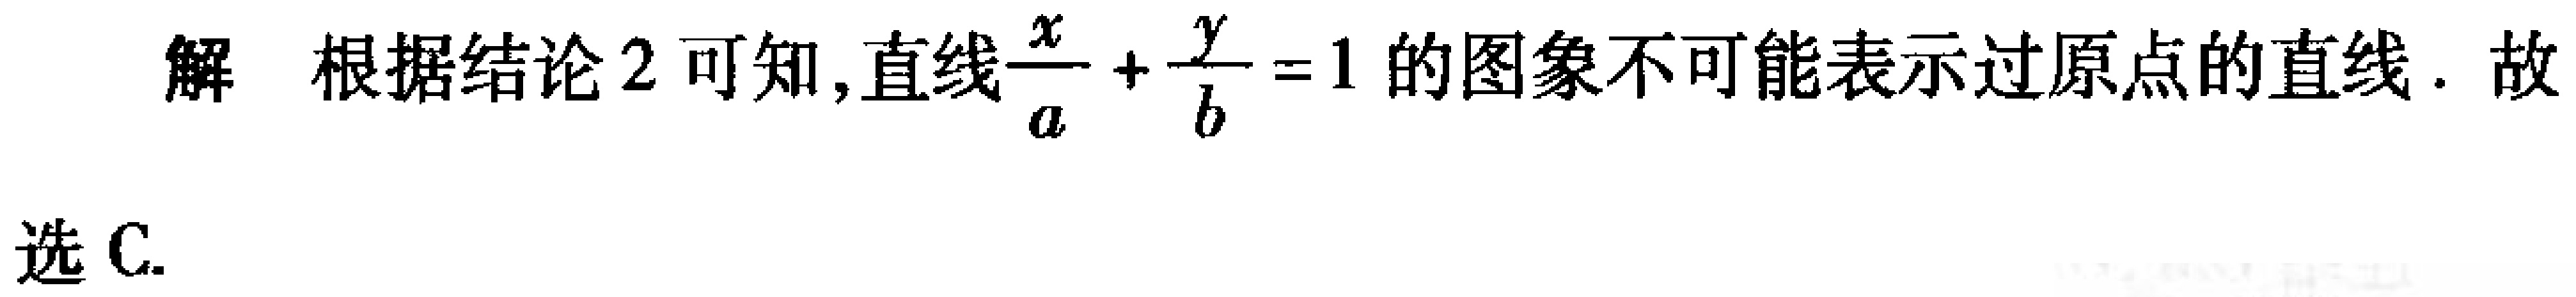
解 根据结论2可知,直线$\frac{x}{a}+\frac{y}{b}=1$的图象不可能表示过原点的直线. 故
选 C.